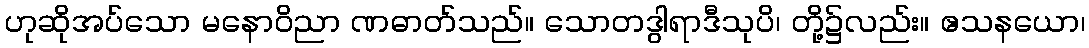
ဟုဆိုအပ်သော မနောဝိညာ ဏဓာတ်သည်။ သောတဒွါရာဒီသုပိ၊ တို့၌လည်း။ ဧသနယော၊